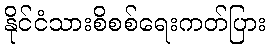
နိုင်ငံသားစိစစ်ရေးကတ်ပြား